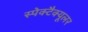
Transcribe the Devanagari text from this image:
स्पेक्टैक्यूलर